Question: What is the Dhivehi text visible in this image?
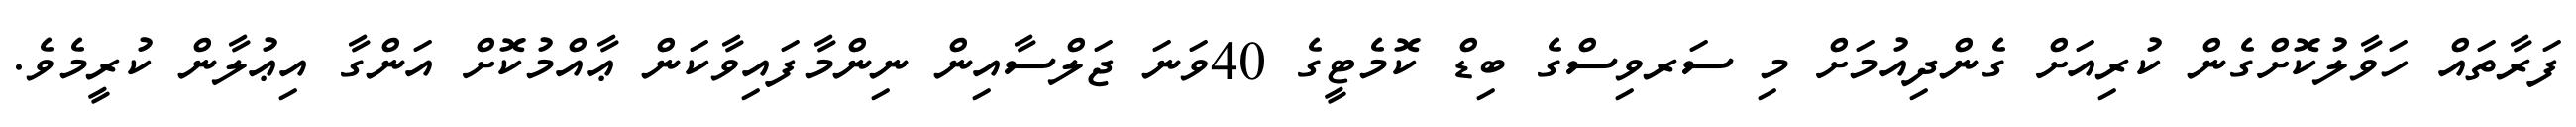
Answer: ފަރާތައް ހަވާލުކޮށްގެން ކުރިއަށް ގެންދިއުމަށް މި ސަރވިސްގެ ބިޑް ކޮމެޓީގެ 40ވަނަ ޖަލްސާއިން ނިންމާފައިވާކަން ޢާއްމުކޮށް އަންގާ އިޢުލާން ކުރީމެވެ.